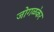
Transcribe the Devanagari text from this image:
जोगळ॓कर